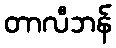
တာလီဘန်